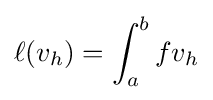
\ell (v_{h})=\int _{a}^{b}fv_{h}